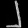
Digit: ၂